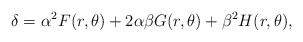
\begin{align*}\delta = \alpha^2 F(r, \theta) + 2 \alpha \beta G(r, \theta) +\beta^2 H (r, \theta),\end{align*}